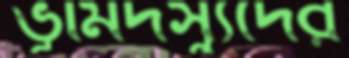
ভূমিদস্যুদের